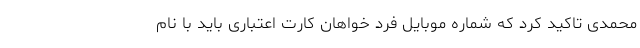
محمدی تاکید کرد که شماره موبایل فرد خواهان کارت اعتباری باید با نام